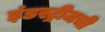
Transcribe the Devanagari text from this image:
इंडस्ट्रीजची